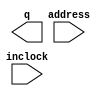
module data_rom (
	address,
	inclock,
	q);

	input	[5:0]  address;
	input	  inclock;
	output	[7:0]  q;

endmodule